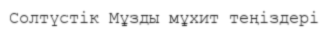
Солтүстік Мұзды мұхит теңіздері